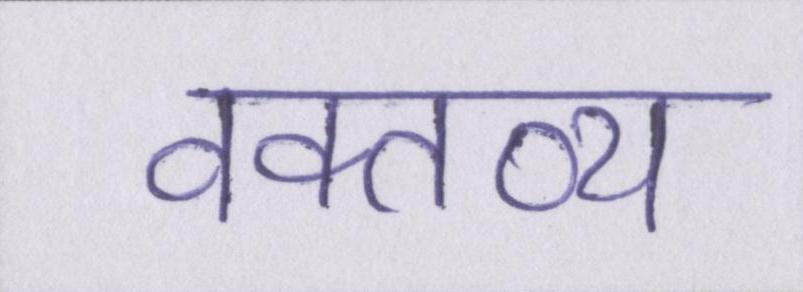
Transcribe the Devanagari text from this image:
वक्तव्य